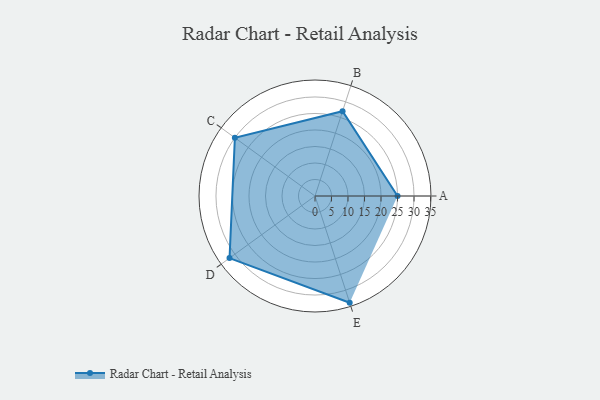
{"axis": {"x": "Skill", "y": "Score"}, "legend": ["Profile"], "data": [{"x": "A", "y": 25.0, "type": "Profile"}, {"x": "B", "y": 27.0, "type": "Profile"}, {"x": "C", "y": 30.0, "type": "Profile"}, {"x": "D", "y": 32.0, "type": "Profile"}, {"x": "E", "y": 34.0, "type": "Profile"}]}